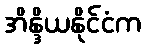
အိန္ဒိယနိုင်ငံက